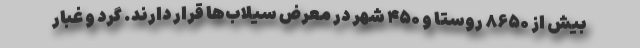
بیش از ۸۶۵۰ روستا و ۴۵۰ شهر در معرض سیلاب‌ها قرار دارند. گرد و غبار